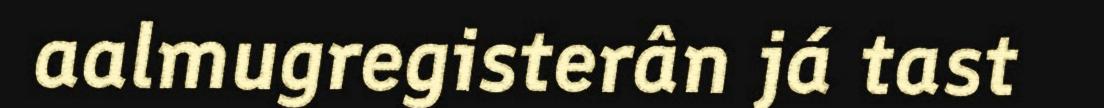
aalmugregisterân já tast